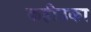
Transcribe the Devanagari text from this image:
कहीउका